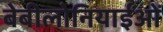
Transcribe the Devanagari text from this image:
बेबीलोनियाईओं